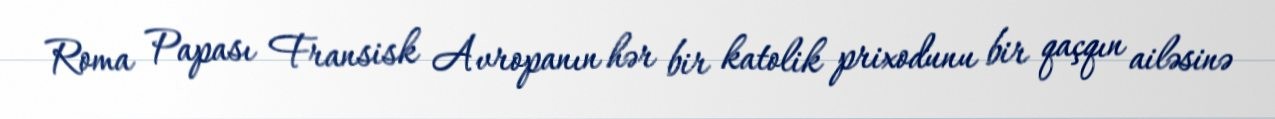
Roma Papası Fransisk Avropanın hər bir katolik prixodunu bir qaçqın ailəsinə